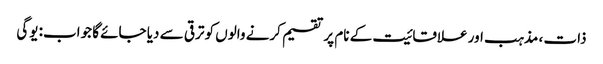
ذات ، مذہب اور علاقائیت کے نام پر تقسیم کرنے والوں کو ترقی سے دیا جائے گا جواب: یوگی